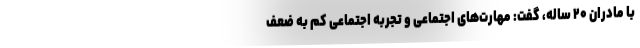
با مادران ۲۰ ساله، گفت: مهارت‌های اجتماعی و تجربه اجتماعی کم به ضعف